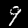
Label: 9